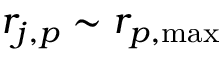
r _ { j , p } \sim r _ { p , \mathrm { { m a x } } }